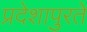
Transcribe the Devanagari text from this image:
प्रदेशापुरते